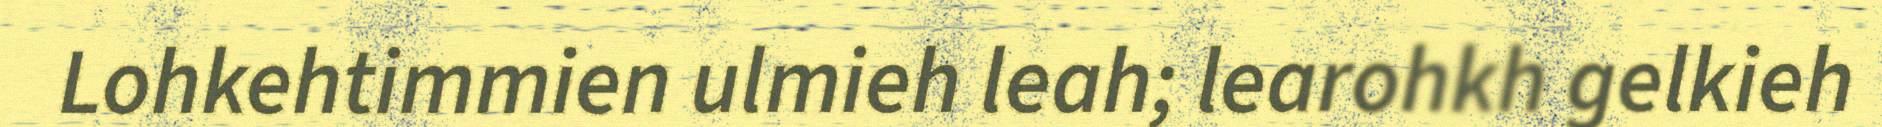
Lohkehtimmien ulmieh leah; learohkh gelkieh